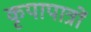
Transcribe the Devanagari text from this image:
कृपापात्रों